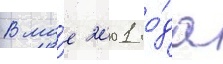
В ма́е 2001 го́да